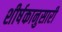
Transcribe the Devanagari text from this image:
शीर्षकानुसारी